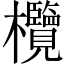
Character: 欖